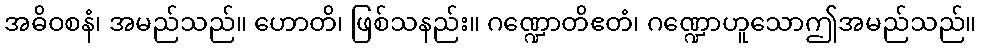
အဓိဝစနံ၊ အမည်သည်။ ဟောတိ၊ ဖြစ်သနည်း။ ဂဏ္ဍောတိဧတံ၊ ဂဏ္ဍောဟူသောဤအမည်သည်။